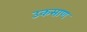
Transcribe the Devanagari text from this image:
उकसाण